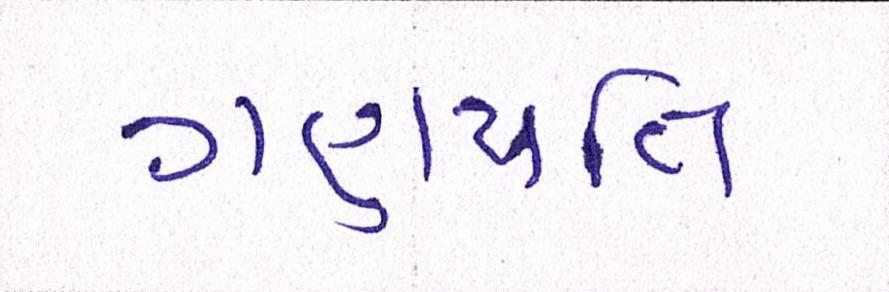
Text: ગણપતિ